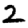
Digit: 2